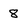
Character: 8